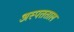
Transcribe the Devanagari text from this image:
अस्पतताल